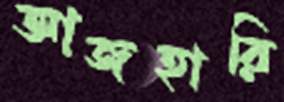
আজহারি